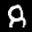
Label: 8